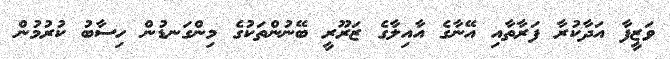
ވަޒީފާ އަދާކުރާ ފަރާތާއި އޭނާގެ އާއިލާގެ ޒަރޫރީ ބޭނުންތަކުގެ މިންގަނޑުން ހިސާބު ކުރުމުން